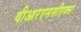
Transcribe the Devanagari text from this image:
वीआरएससीएक्स